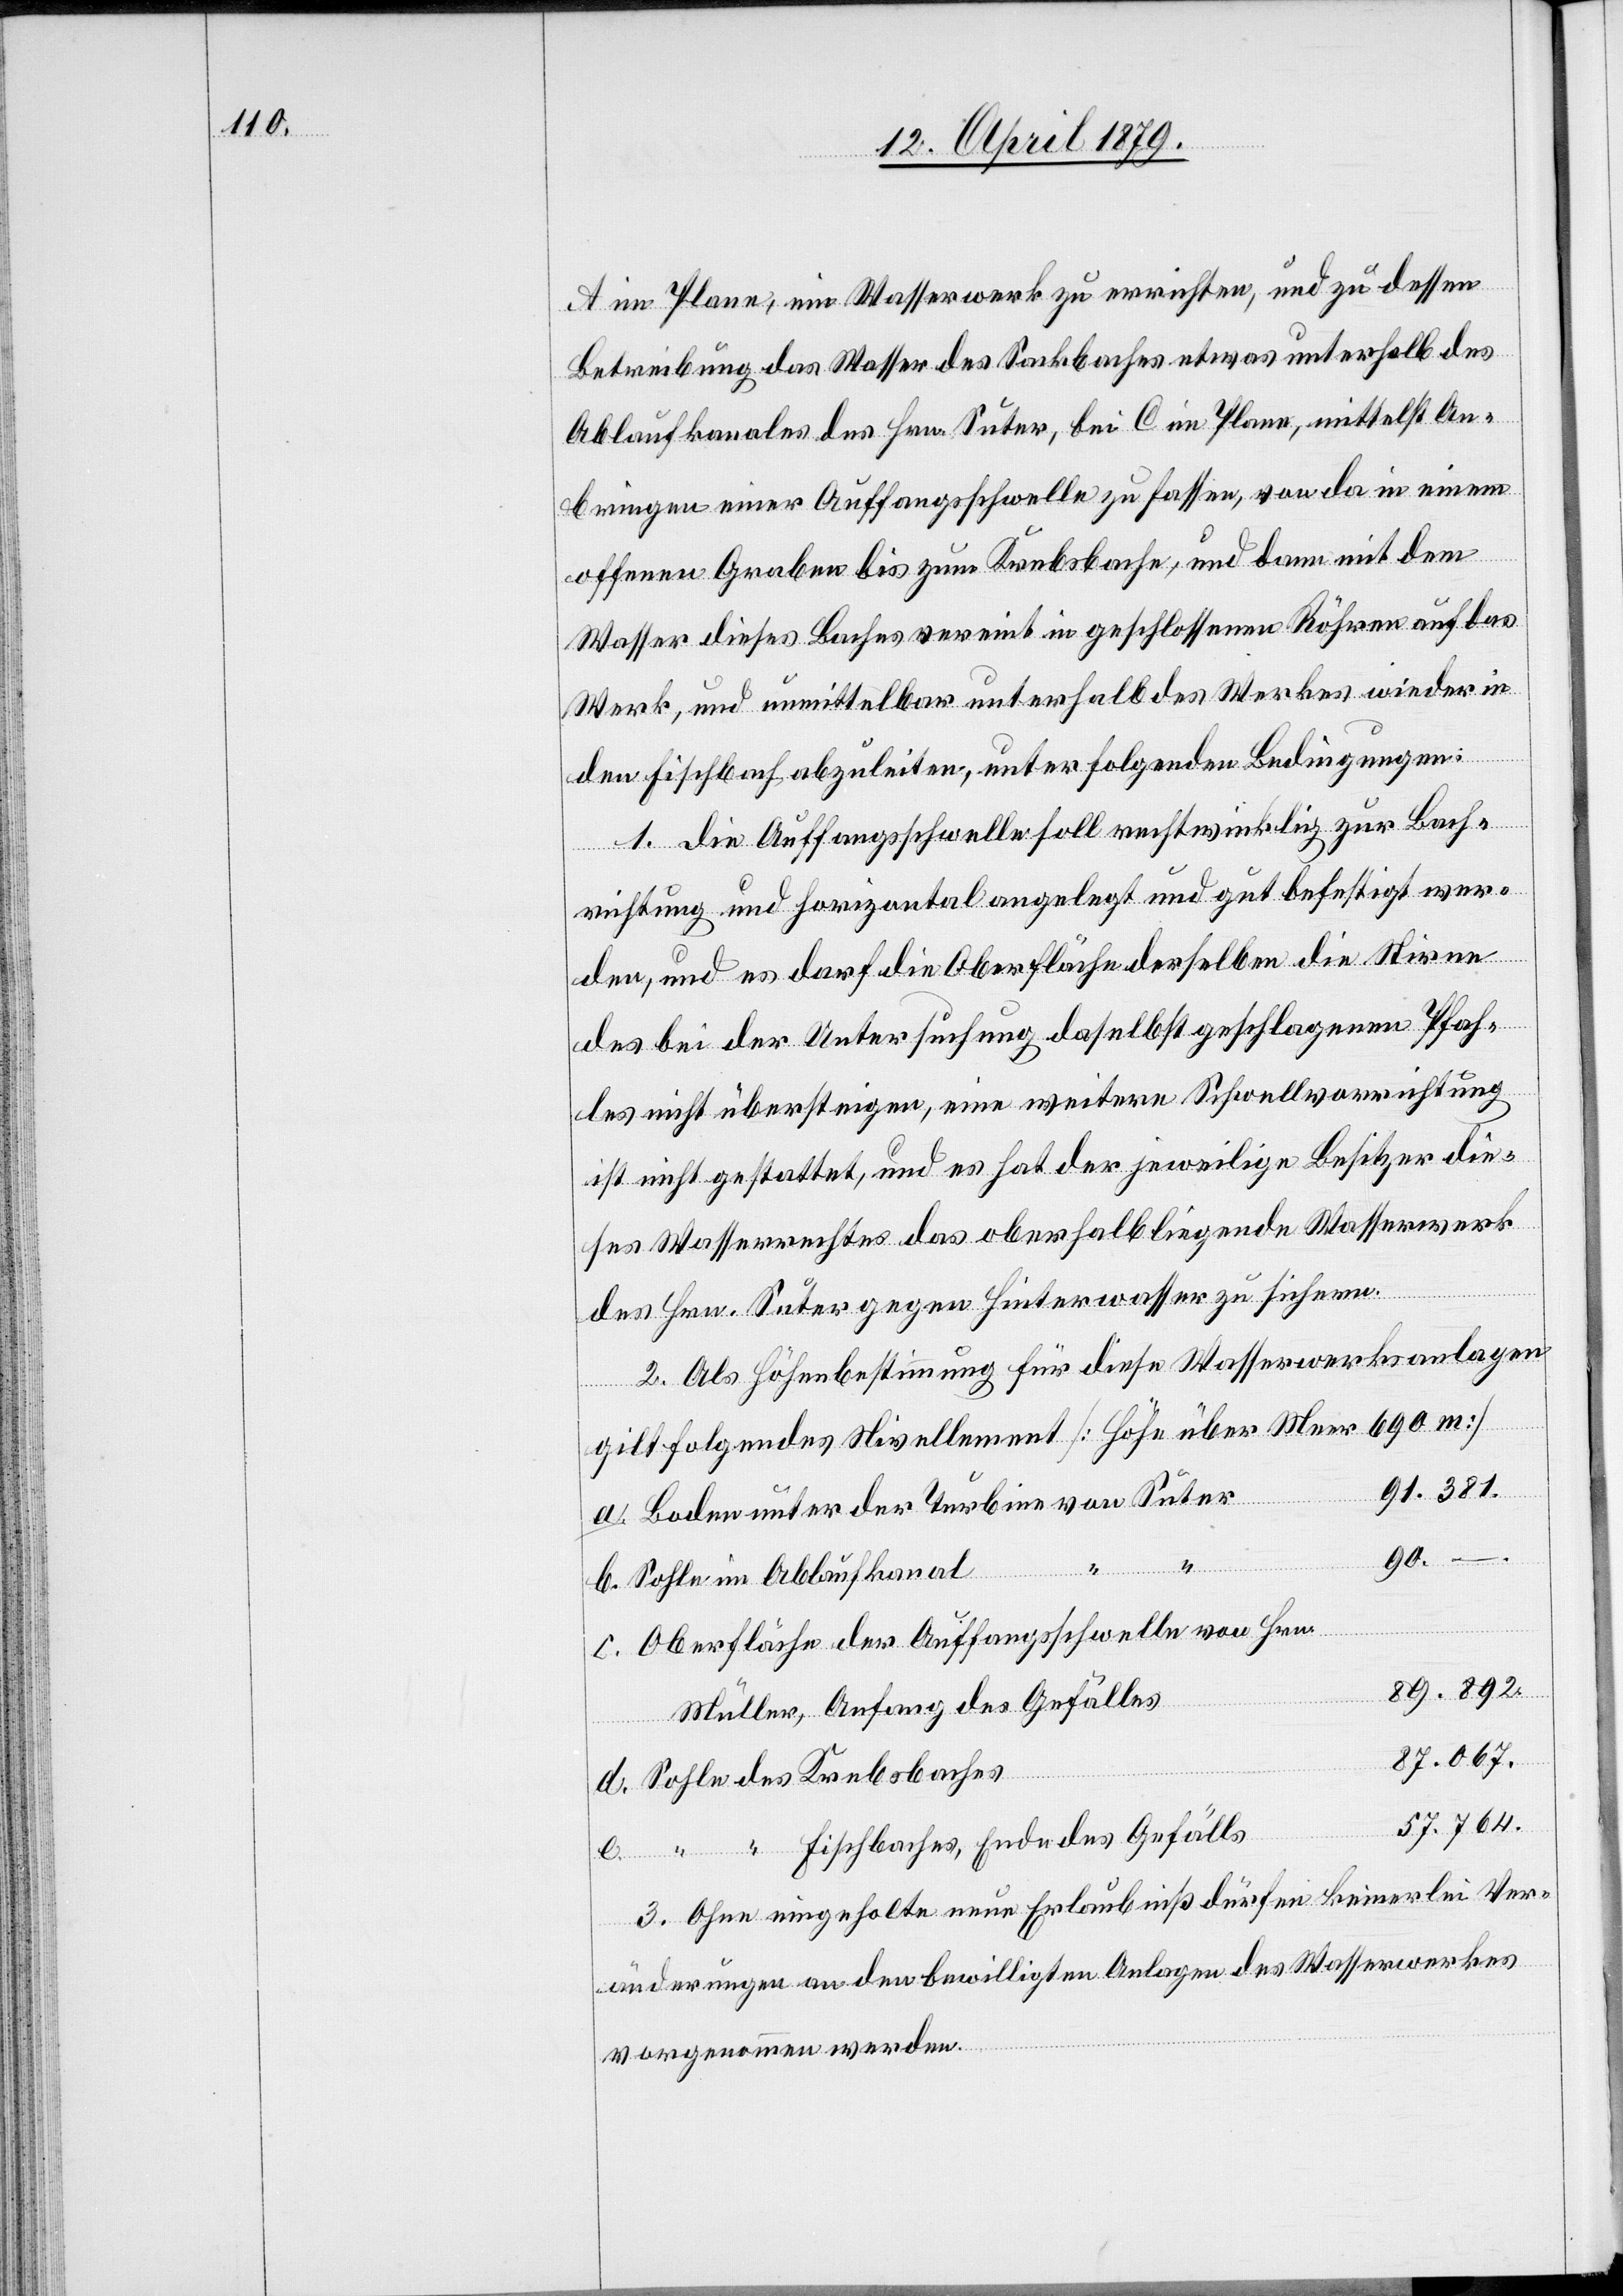
A im Plane, ein Wasserwerk zu errichten, und zu dessen
Betreibung das Wasser des Sackbaches etwas unterhalb des
Ablaufkanales des Hrn. Suter, bei C im Plane, mittelst An¬
bringen einer Auffangsschwelle zu fassen, von da in einem
offenen Graben bis zum Krebsbache, und dann mit dem
Wasser dieses Baches vereint in geschlossenen Röhren auf das
Werk, und unmittelbar unterhalb des Werkes wieder in
a.
den Fischbach abzuleiten, unter folgenden Bedingungen:
1. Die Auffangsschwelle soll rechtwinklig zur Bach¬
richtung und horizontal angelegt und gut befestigt wer¬
den, und es darf die Oberfläche derselben die Stirne
des bei der Untersuchung daselbst geschlagenen Pfah¬
les nicht übersteigen, eine weitere Schwellvorrichtung
ist nicht gestattet, und es hat der jeweilige Besitzer die¬
ses Wasserrechtes das oberhalb liegende Wasserwerk
des Hrn. Suter gegen Hinterwasser zu sichern.
2. Als Höhenbestimmung für diese Wasserwerksanlagen
gilt folgendes Nivellement [Höhe über Meer 690 m]
91.381.
Boden unter der Turbine von Suter
e.
“
Sohle im Ablaufkanal
Oberfläche der Auffangsschwelle von Hrn.
89.892.
Müller, Anfang des Gefälles
87.067.
Sohle des Krebsbaches
57.764.
“ Fischbaches, Ende des Gefälls
3. Ohne eingeholte neue Erlaubniß dürfen keinerlei Ver¬
änderungen an den bewilligten Anlagen des Wasserwerkes
vorgenommen werden.